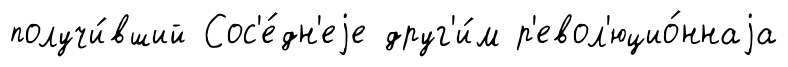
получи́вший Сос'е́дн'еjе друг'и́м р'евол'юцио́ннаjа